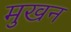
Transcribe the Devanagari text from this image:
मुखन